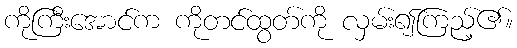
ကိုကြီးအောင်က ကိုတင်ထွတ်ကို လှမ်း၍ကြည့်၏။